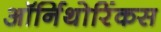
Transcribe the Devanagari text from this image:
ऑर्निथोरिंकस